Indian journal of veterinary science and animal husbandry - Volumes 28-29, 1958-1959
Year: 1958
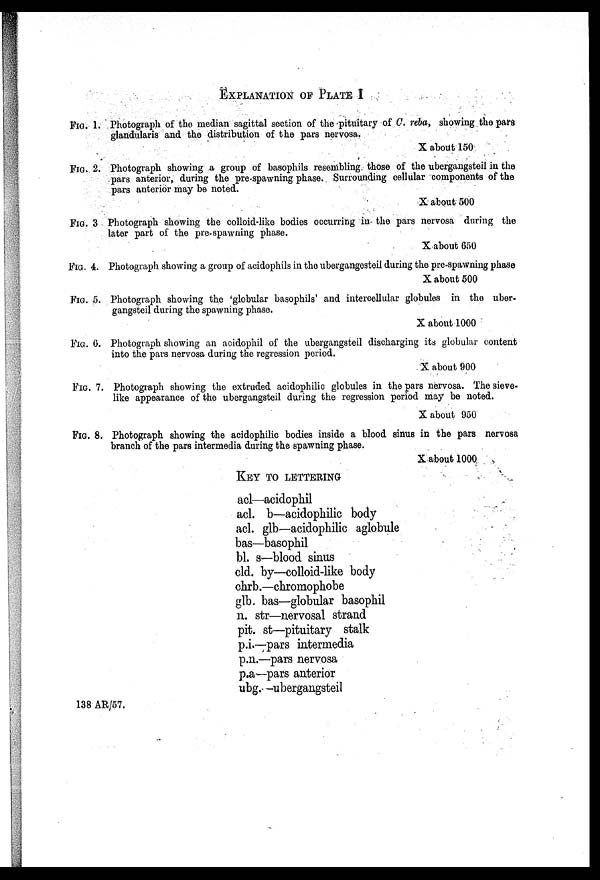
EXPLANATION OF PLATE 1
FIG. 1. Photograph of the median sagittal section of the pituitary of C. reba, showing the pars
glandularis and the distribution of the pars nervosa.
X about 150
FIG. 2. Photograph showing a group of basophils resembling those of the ubergangsteil in the
pars anterior, during the pre-spawning phase. Surrounding cellular components of the
pars anterior may be noted.
X about 500
FIG. 3 Photograph showing the colloid-like bodies occurring in the pars nervosa during the
later part of the pre-spawning phase.
X about 650
FIG. 4. Photograph showing a group of acidophils in the ubergangesteil during the pre-spawning phase
X about 500
FIG. 5. Photograph showing the 'globular basophils' and intercellular globules in the uber-
gangsteil during the spawning phase.
X about 1000
FIG. 6. Photograph showing an acidophil of the ubergangsteil discharging its globular content
into the pars nervosa during the regression period.
X about 900
FIG. 7. Photograph showing the extruded acidophilic globules in the pars nervosa. The sieve-
like appearance of the ubergangsteil during the regression period may be noted.
X about 950
FIG. 8. Photograph showing the acidophilic bodies inside a blood sinus in the pars nervosa
branch of the pars intermedia during the spawning phase.
X about 1000
KEY TO LETTERING
acl—acidophil
acl. b—acidophilic body
acl. glb—acidophilic aglobule
bas—basophil
bl. s—blood sinus
cld. by—colloid-like body
chrb.—chromophobe
glb. bas—globular basophil
n. str—nervosal strand
pit. st—pituitary stalk
p.i.—pars intermedia
p.n.—pars nervosa
p.a—pars anterior
ubg.—ubergangsteil
138 AR/57.